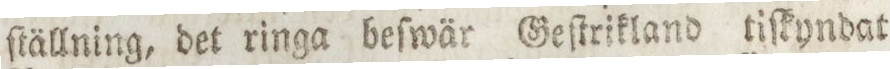
ſtällning, det ringa beſwär Geſtrikland tiſkyndat